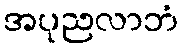
အပုညလာဘံ